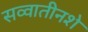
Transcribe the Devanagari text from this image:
सव्वातीनशे